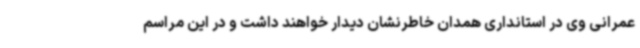
عمرانی وی در استانداری همدان خاطرنشان دیدار خواهند داشت و در این مراسم